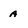
Character: a